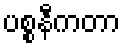
ပစ္စနီကတာ